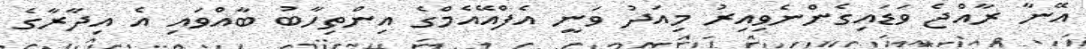
އޭނާ ރާއްޖެ ވަޑައިގެންނެވިއިރު މިއަދު ވަނީ އެފްއޭއެމްގެ އިންތިހާބު ބާއްވައި އެ އިދާރާގެ